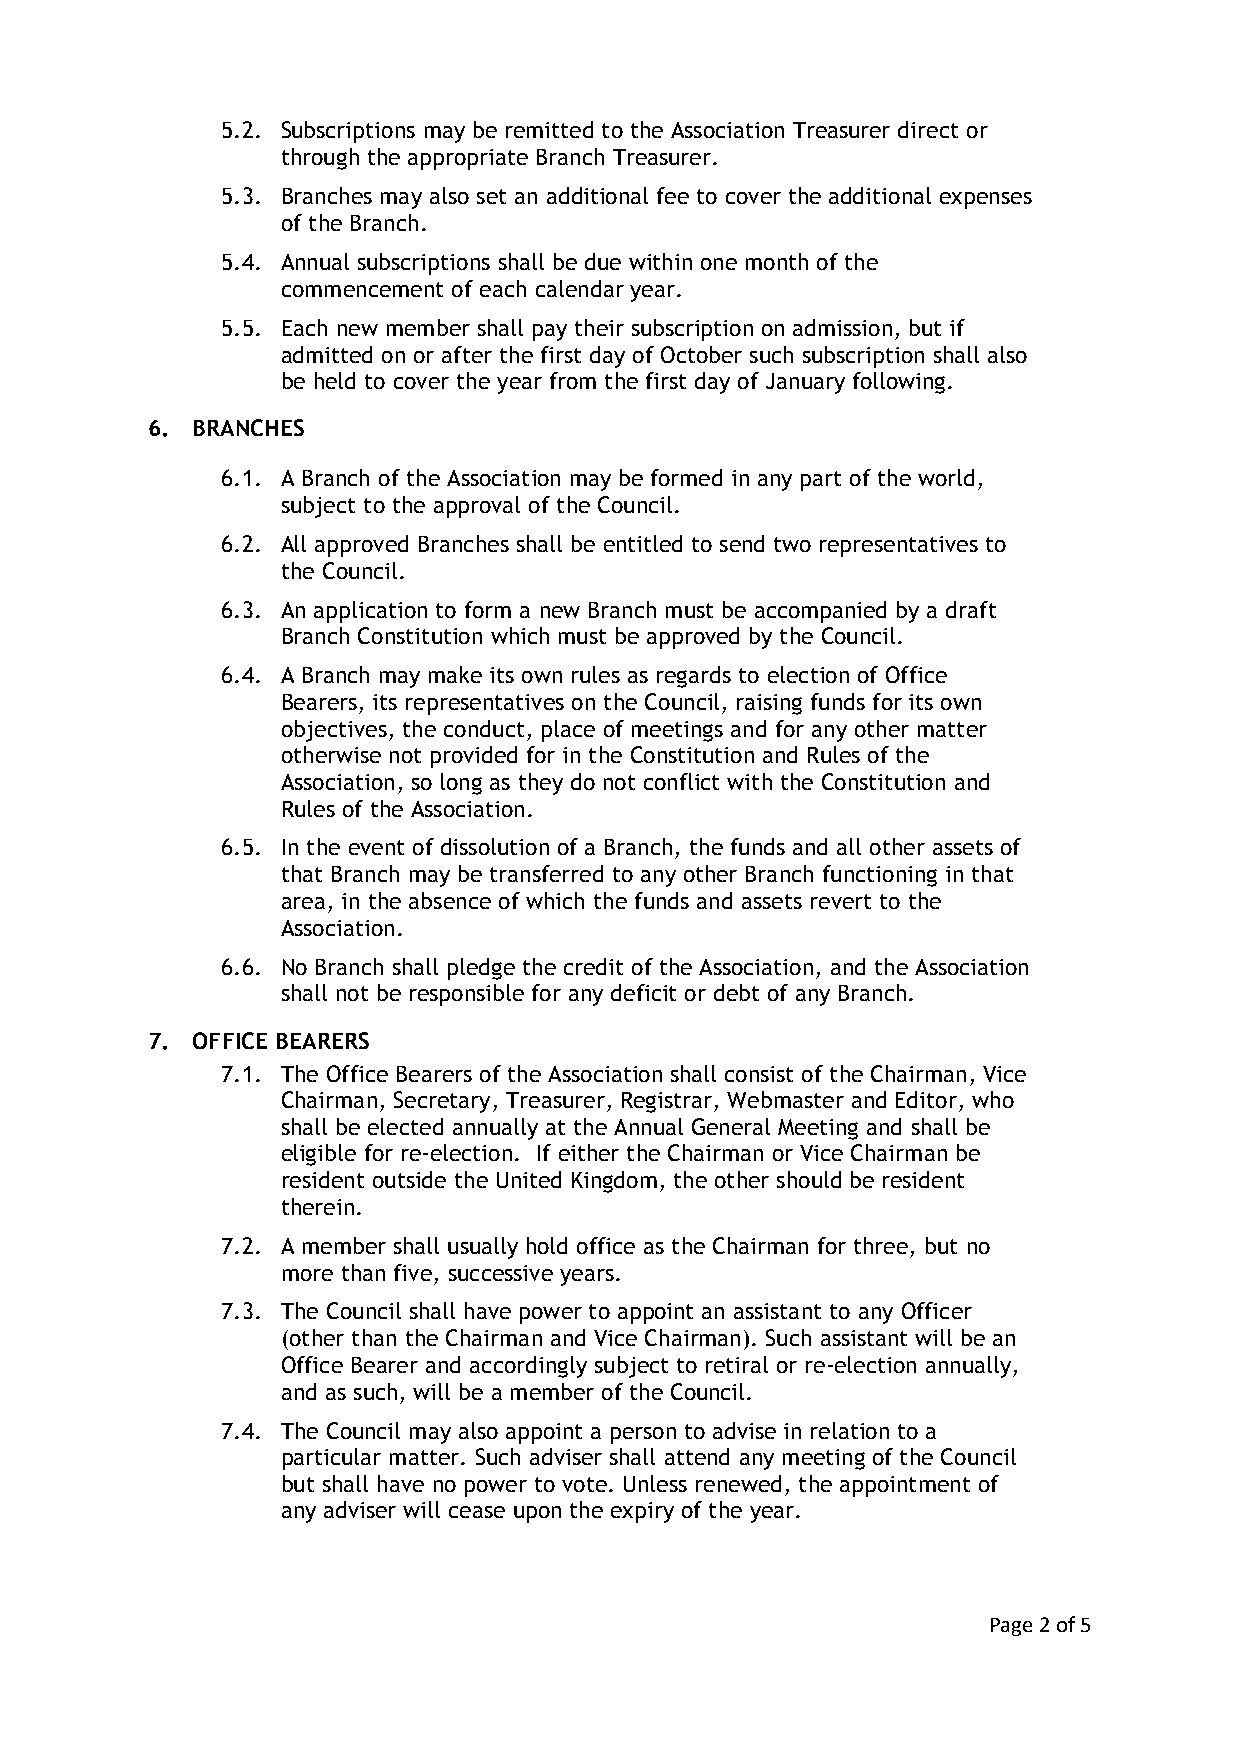
5.2. Subscriptions may be remitted to the Association Treasurer direct or
 through the appropriate Branch Treasurer.
 5.3. Branches may also set an additional fee to cover the additional expenses
 of the Branch.
 5.4. Annual subscriptions shall be due within one month of the
 commencement of each calendar year.
 5.5. Each new member shall pay their subscription on admission, but if
 admitted on or after the first day of October such subscription shall also
 be held to cover the year from the first day of January following.
 6. BRANCHES
 6.1. A Branch of the Association may be formed in any part of the world,
 subject to the approval of the Council.
 6.2. All approved Branches shall be entitled to send two representatives to
 the Council.
 6.3. An application to form a new Branch must be accompanied by a draft
 Branch Constitution which must be approved by the Council.
 6.4. A Branch may make its own rules as regards to election of Office
 Bearers, its representatives on the Council, raising funds for its own
 objectives, the conduct, place of meetings and for any other matter
 otherwise not provided for in the Constitution and Rules of the
 Association, so long as they do not conflict with the Constitution and
 Rules of the Association.
 6.5. In the event of dissolution of a Branch, the funds and all other assets of
 that Branch may be transferred to any other Branch functioning in that
 area, in the absence of which the funds and assets revert to the
 Association.
 6.6. No Branch shall pledge the credit of the Association, and the Association
 shall not be responsible for any deficit or debt of any Branch.
 7. OFFICE BEARERS
 7.1. The Office Bearers of the Association shall consist of the Chairman, Vice
 Chairman, Secretary, Treasurer, Registrar, Webmaster and Editor, who
 shall be elected annually at the Annual General Meeting and shall be
 eligible for re-election. If either the Chairman or Vice Chairman be
 resident outside the United Kingdom, the other should be resident
 therein.
 7.2. A member shall usually hold office as the Chairman for three, but no
 more than five, successive years.
 7.3. The Council shall have power to appoint an assistant to any Officer
 (other than the Chairman and Vice Chairman). Such assistant will be an
 Office Bearer and accordingly subject to retiral or re-election annually,
 and as such, will be a member of the Council.
 7.4. The Council may also appoint a person to advise in relation to a
 particular matter. Such adviser shall attend any meeting of the Council
 but shall have no power to vote. Unless renewed, the appointment of
 any adviser will cease upon the expiry of the year.
 Page 2 of 5